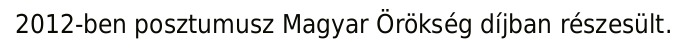
2012-ben posztumusz Magyar Örökség díjban részesült.